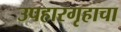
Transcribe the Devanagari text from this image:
उपहारगृहाचा